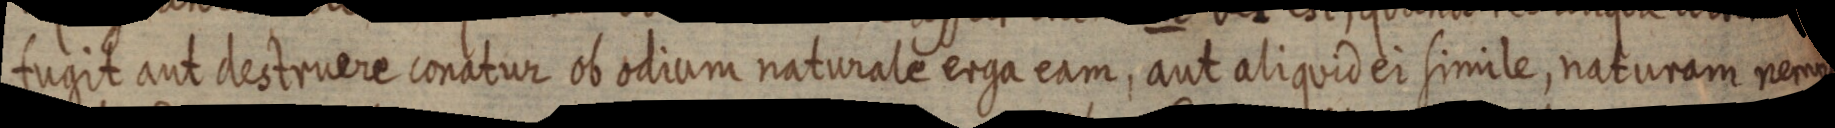
fugit aut destruere conatur ob odium naturale erga eam, aut aliquid ei simile, naturam nempe